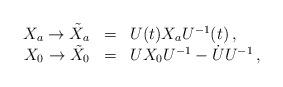
LaTeX: \begin{align*}\begin{array}{rcl} X_a \to \tilde X_a & = & U(t)X_aU^{-1}(t)\, ,\\X_0 \to \tilde X_0 & = & U X_0 U^{-1} - \dot U U^{-1}\, ,\end{array}\end{align*}